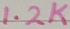
Text: 1.2K